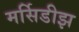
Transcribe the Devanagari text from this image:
मर्सिडीझ